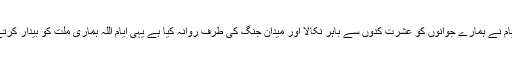
انہی ایام نے ہمارے جوانوں کو عشرت کدوں سے باہر نکالا اور میدان جنگ کی طرف روانہ کیا ہے یہی ایام اللہ ہماری ملت کو بیدار کرتے ہیں۔